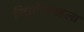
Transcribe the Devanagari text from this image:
लिओनायडला